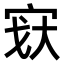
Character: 𫳉